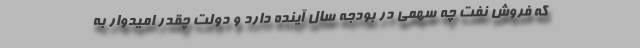
که فروش نفت چه سهمی در بودجه سال آینده دارد و دولت چقدر امیدوار به